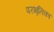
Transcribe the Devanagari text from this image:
परभृतिका